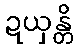
ဍယှန္တိ